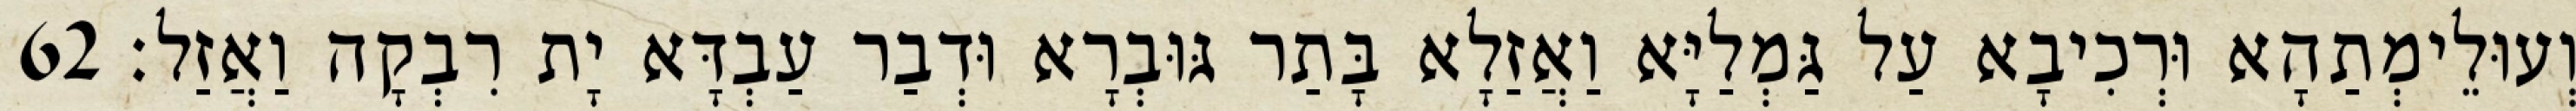
וְעוּלֵימְתַהָא וּרְכִיבָא עַל גַּמְלַיָּא וַאֲזַלָא בָּתַר גּוּבְרָא וּדְבַר עַבְדָּא יָת רִבְקָה וַאֲזַל׃ 62